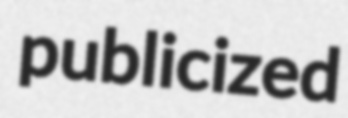
publicized